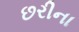
છરીના